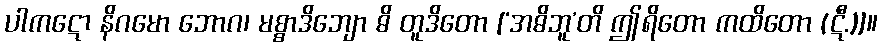
ပါကဋော နိဂမော ဘောဂ၊ မစ္စာဒိဘျော ဓိ တူဒိတော [‘အဓိဘူ’တိ ဤရိတော ကထိတော (ဋီ.)]။